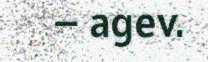
– agev.